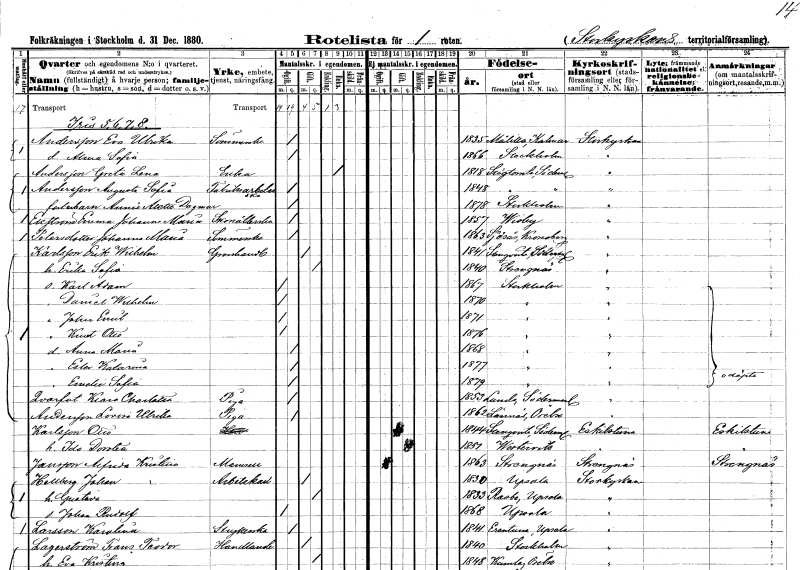
gt_parse: households: individuals: FN: Eva Ulrika
EN: Andersson
YRKE: Sömmerska
KON: K
CIV: O
FODAR: 1835
FODFORS: Målilla med Gårdveda Kalmar län
FN: Alma Sofia
KON: K
CIV: O
FODAR: 1866
FODFORS: Stockholm
FN: Greta Lena
EN: Andersson
YRKE: Änka
KON: K
CIV: E
FODAR: 1818
FODFORS: Stigtomta Södermanlands län
FN: Augusta Sofia
EN: Andersson
YRKE: Fabriksarbeterska
KON: K
CIV: O
FODAR: 1848
FODFORS: Stigtomta Södermanlands län
FN: Annie Alette Dagmar
KON: K
CIV: O
FODAR: 1878
FODFORS: Stockholm
FN: Emma Johanna Maria
EN: Ekström
YRKE: Skonåtlerska
KON: K
CIV: O
FODAR: 1857
FODFORS: Visby Gotlands län
FN: Johanna Maria
EN: Petersdotter
YRKE: Sömmerska
KON: K
CIV: O
FODAR: 1863
FODFORS: Sjösås Kronobergs län
FN: Erik Wilhelm
EN: Karlsson
YRKE: Grosshandlare
KON: M
CIV: G
FODAR: 1841
FODFORS: Stenkvista Södermanlands län
FN: Erika Sofia
KON: K
CIV: G
FODAR: 1840
FODFORS: Strängnäs Södermanlands län
FN: Karl Adam
KON: M
CIV: O
FODAR: 1867
FODFORS: Stockholm
FN: Daniel Wilhelm
KON: M
CIV: O
FODAR: 1870
FODFORS: Stockholm
FN: John Emil
KON: M
CIV: O
FODAR: 1871
FODFORS: Stockholm
FN: Knut Otto
KON: M
CIV: O
FODAR: 1876
FODFORS: Stockholm
FN: Anna Maria
KON: K
CIV: O
FODAR: 1868
FODFORS: Stockholm
FN: Ester Katarina
KON: K
CIV: O
FODAR: 1877
FODFORS: Stockholm
FN: Emelie Sofia
KON: K
CIV: O
FODAR: 1879
FODFORS: Stockholm
FN: Klara Charlotta
EN: Qvarfot
YRKE: Piga
KON: K
CIV: O
FODAR: 1853
FODFORS: Lunda Södermanlands län
FN: Lovisa Ulrika
EN: Andersson
YRKE: Piga
KON: K
CIV: O
FODAR: 1862
FODFORS: Lännäs Örebro län
FN: Otto
EN: Karlsson
KON: M
CIV: G
FODAR: 1844
FODFORS: Stenkvista Södermanlands län
FN: Ida Dorotea
KON: K
CIV: G
FODAR: 1851
FODFORS: Västervik Kalmar län
FN: Alfrida Kristina
EN: Jansson
KON: K
CIV: O
FODAR: 1863
FODFORS: Strängnäs Södermanlands län
FN: Johan
EN: Hellberg
YRKE: Arbetskarl
KON: M
CIV: G
FODAR: 1830
FODFORS: Uppsala Uppsala län
FN: Gustava
KON: K
CIV: G
FODAR: 1833
FODFORS: Rasbo Uppsala län
FN: Johan Rudolf
KON: M
CIV: O
FODAR: 1868
FODFORS: Uppsala Uppsala län